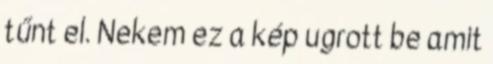
tűnt el. Nekem ez a kép ugrott be amit